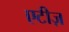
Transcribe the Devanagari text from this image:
एटीज़